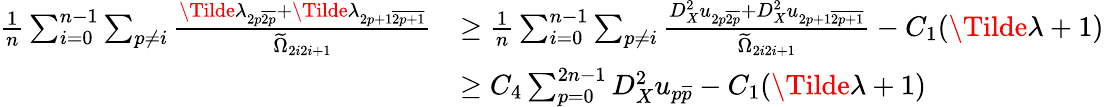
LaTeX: \begin{array}{rl}{\frac{1}{n}\sum_{i=0}^{n-1}\sum_{p\neq i}\frac{\Tilde{\lambda}_{2p\overline{{2p}}}+\Tilde{\lambda}_{2p+1\overline{{2p+1}}}}{\widetilde{\Omega}_{2i2i+1}}}&{\geq\frac{1}{n}\sum_{i=0}^{n-1}\sum_{p\neq i}\frac{D_{X}^{2}u_{2p\overline{{2p}}}+D_{X}^{2}u_{2p+1\overline{{2p+1}}}}{\widetilde{\Omega}_{2i2i+1}}-C_{1}(\Tilde{\lambda}+1)}\\ &{\geq C_{4}\sum_{p=0}^{2n-1}D_{X}^{2}u_{p\overline{{p}}}-C_{1}(\Tilde{\lambda}+1)}\end{array}